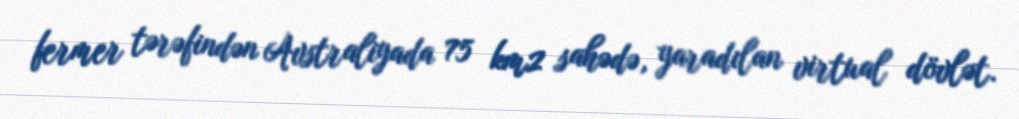
fermer tərəfindən Avstraliyada 75 km2 sahədə, yaradılan virtual dövlət.